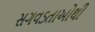
સગવડતાઓથી